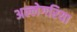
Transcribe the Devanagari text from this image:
अल्लेगरिया